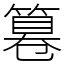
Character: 篹